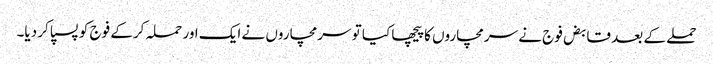
حملے کے بعد قابض فوج نے سرمچاروں کا پیچھا کیا تو سرمچاروں نے ایک اور حملہ کرکے فوج کو پسپا کر دیا۔